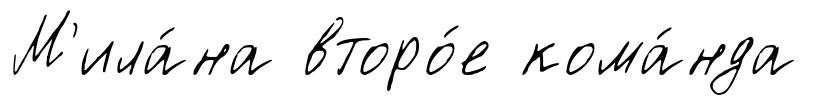
М'ила́на второ́е кома́нда